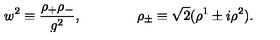
w ^ { 2 } \equiv \frac { \rho _ { + } \rho _ { - } } { g ^ { 2 } } , \qquad \qquad \rho _ { \pm } \equiv \sqrt { 2 } ( \rho ^ { 1 } \pm i \rho ^ { 2 } ) .